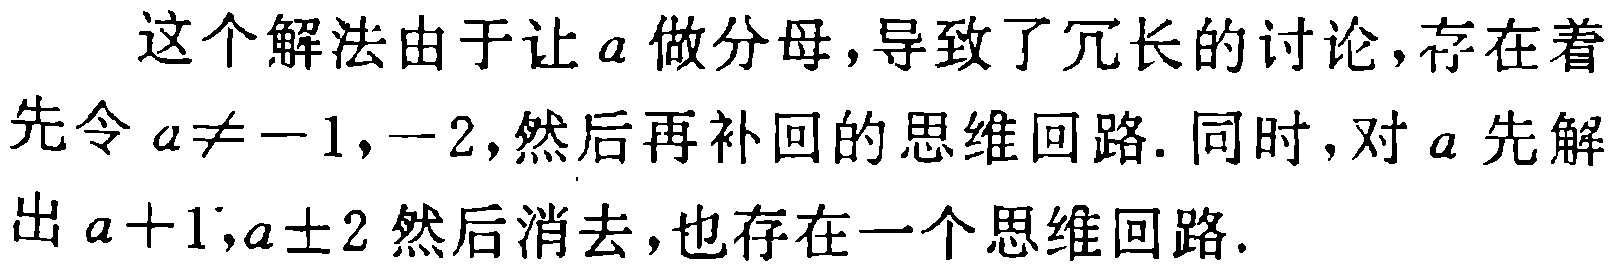
这个解法由于让\(a\)做分母,导致了冗长的讨论,存在着先令\(a\neq -1,-2\),然后再补回的思维回路. 同时, 对\(a\)先解出\(a + 1,a\pm2\)然后消去,也存在一个思维回路.